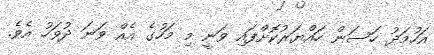
އަހުމަދު ހަސަން ހައްޔަރުކޮށްފައި ވަނީ މި މަހުގެ އެއް ވަނަ ދުވަހު އެވެ.